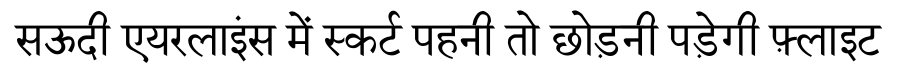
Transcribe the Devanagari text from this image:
सऊदी एयरलाइंस में स्कर्ट पहनी तो छोड़नी पड़ेगी फ़्लाइट